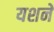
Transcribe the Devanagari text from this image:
यशने